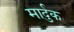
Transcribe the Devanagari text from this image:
मार्दुक